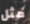
مثل